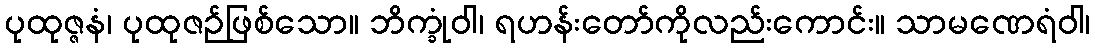
ပုထုဇ္ဇနံ၊ ပုထုဇဉ်ဖြစ်သော။ ဘိက္ခုံဝါ၊ ရဟန်းတော်ကိုလည်းကောင်း။ သာမဏေရံဝါ၊